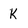
Character: K